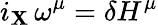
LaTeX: i_{\mathbf X}\, \omega^{\mu}=\delta H^{\mu}